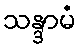
သန္ဒာမံ